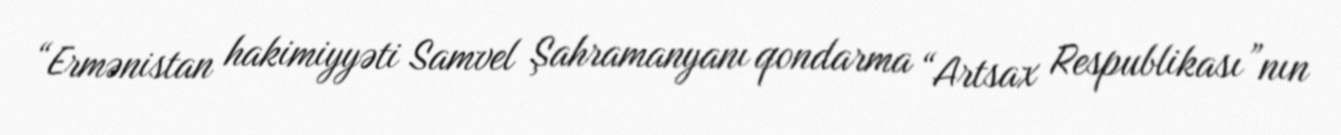
“Ermənistan hakimiyyəti Samvel Şahramanyanı qondarma “Artsax Respublikası”nın